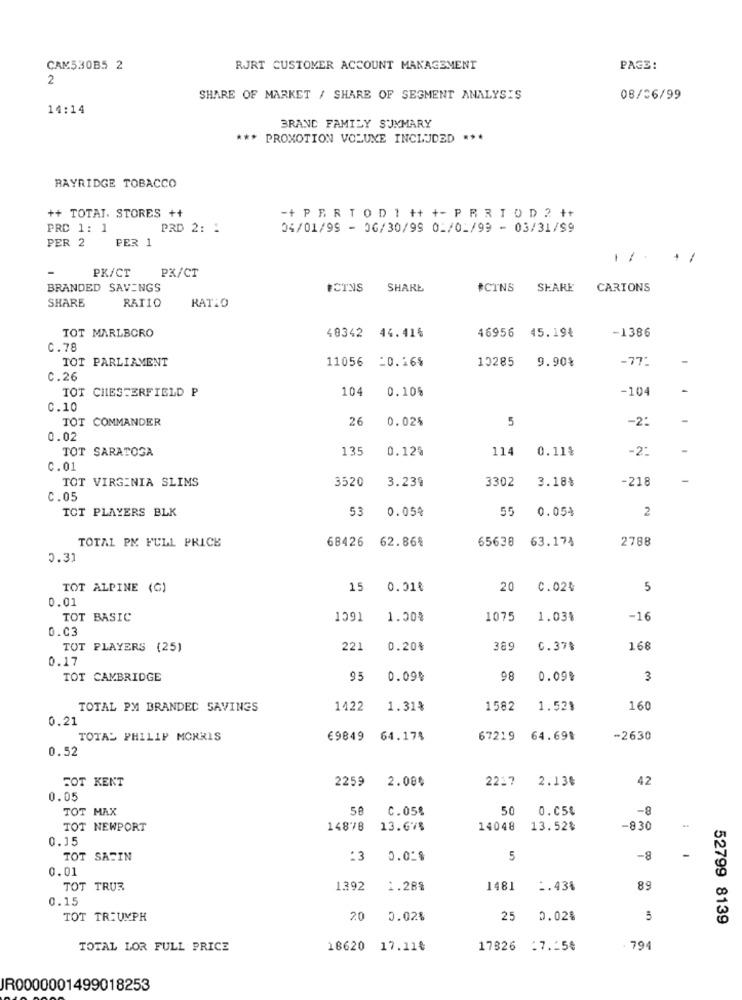
CAM530B5 2
RJRT CUSTOMER ACCOUNT MANAGEMENT
PAGE:
2
SHARE OF MARKET / SHARE OF SEGMENT ANALYSIS
08/06/99
14:14
BRAND FAMILY SUMMARY
*** PROMOTION VOLUME INCLUDED ***
RAYRIDGE TOBACCO
++ TOTAL. STORES ++
-+ P R RT OD 1 ++ +- P R R I D D 2 ++
PRC 1: 1
PRD 2: 1
04/01/99 - 06/30/99 02/02/99 - 03/31/99
PER 2
PER 1
PK/CT
PX/CT
BRANDED SAVINGS
#CTNS
SHARE
#CINS
SHARE
CARTONS
SHARE
RATIO
RATIO
TOT MARLBORO
46956
-1386
48342 44.41%
45.19%
C.78
TOT PARLIAMENT
11056 -0.16%
10285
9.90%
-77.
0.26
TOT CHESTERFIELD P
104
0.10%
-104
C.10
TOT COMMANDER
26
0.024
5
-2:
0.02
TOT SARATOGA
135
0.12%
114
0.11%
-2:
C.01
TOT VIRGINIA SLIMS
3520
3302
3.18%
-218
3.23%
C.05
TOT PLAYERS BLK
53
0.05%
0.05%
2
TOTAL PM FULL PRICE
68426
62.86%
65638
63.174
2788
5.31
TOT ALPINE (G)
15
0.01₺
20
C.02₺
5
0.01
TOT BASIC
1091
1.00%
1075
1.03%
-16
0.03
TOT PLAYERS (25)
221
0.20%
389
C.37$
168
0.17
TOT CAMBRIDGE
95
0.09$
98
0.091
3
TOTAL PM BRANDEC SAVINGS
1422
1.31%
1582
1.52$
160
0.21
TOTAL PHILIP MORRIS
69849
64.17%
67219 64.69%
-2630
0.52
FOT KENT
2259
2.080
2237
2.13€
42
0.05
TOT MAX
C.05%
50
0.05%
-8
TOT NEWPORT
14878
13.67%
14048
13.52%
-830
0.15
TOT SASIN
:3
0.02$
5
-8
0.01
TOT TRUE
1.392
1.28%
1481
1.43%
89
0.15
TOT TRIUMPH
20
0.02%
25
0.02%
5
52799 8139
TOTAL LOR FULL PRICE
18620 17.11€
17826 :7 .: 58
. 794
JR0000001499018253